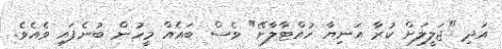
އަދި "ޖަލީލަށް ކުރާ އަނިޔާ ހުއްޓާލާށޭ" ވެސް ބައެއް މީހުން ބުނެފައި ވެއެވެ.